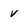
Character: v